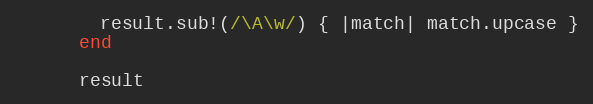
Language: Ruby
        result.sub!(/\A\w/) { |match| match.upcase }
      end

      result